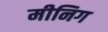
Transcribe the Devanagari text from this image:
मीनिग